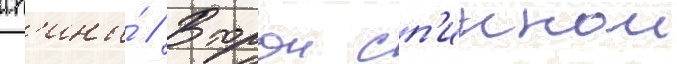
сп'ины́ // Второи сп'иннои